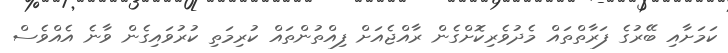
ކަމަށާއި ބޭރުގެ ފަރާތްތައް މެދުވެރިކޮށްގެން ރާއްޖެއަށް ފިއްތުންތައް ކުރިމަތި ކުރުވައިގެން ވާނެ އެއްވެސް